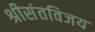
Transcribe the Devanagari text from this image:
श्रीसंतविजय